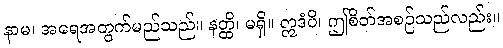
နာမ၊ အရေအတွက်မည်သည်။ နတ္ထိ၊ မရှိ။ ဣဒံပိ၊ ဤစိတ်အစဉ်သည်လည်း။